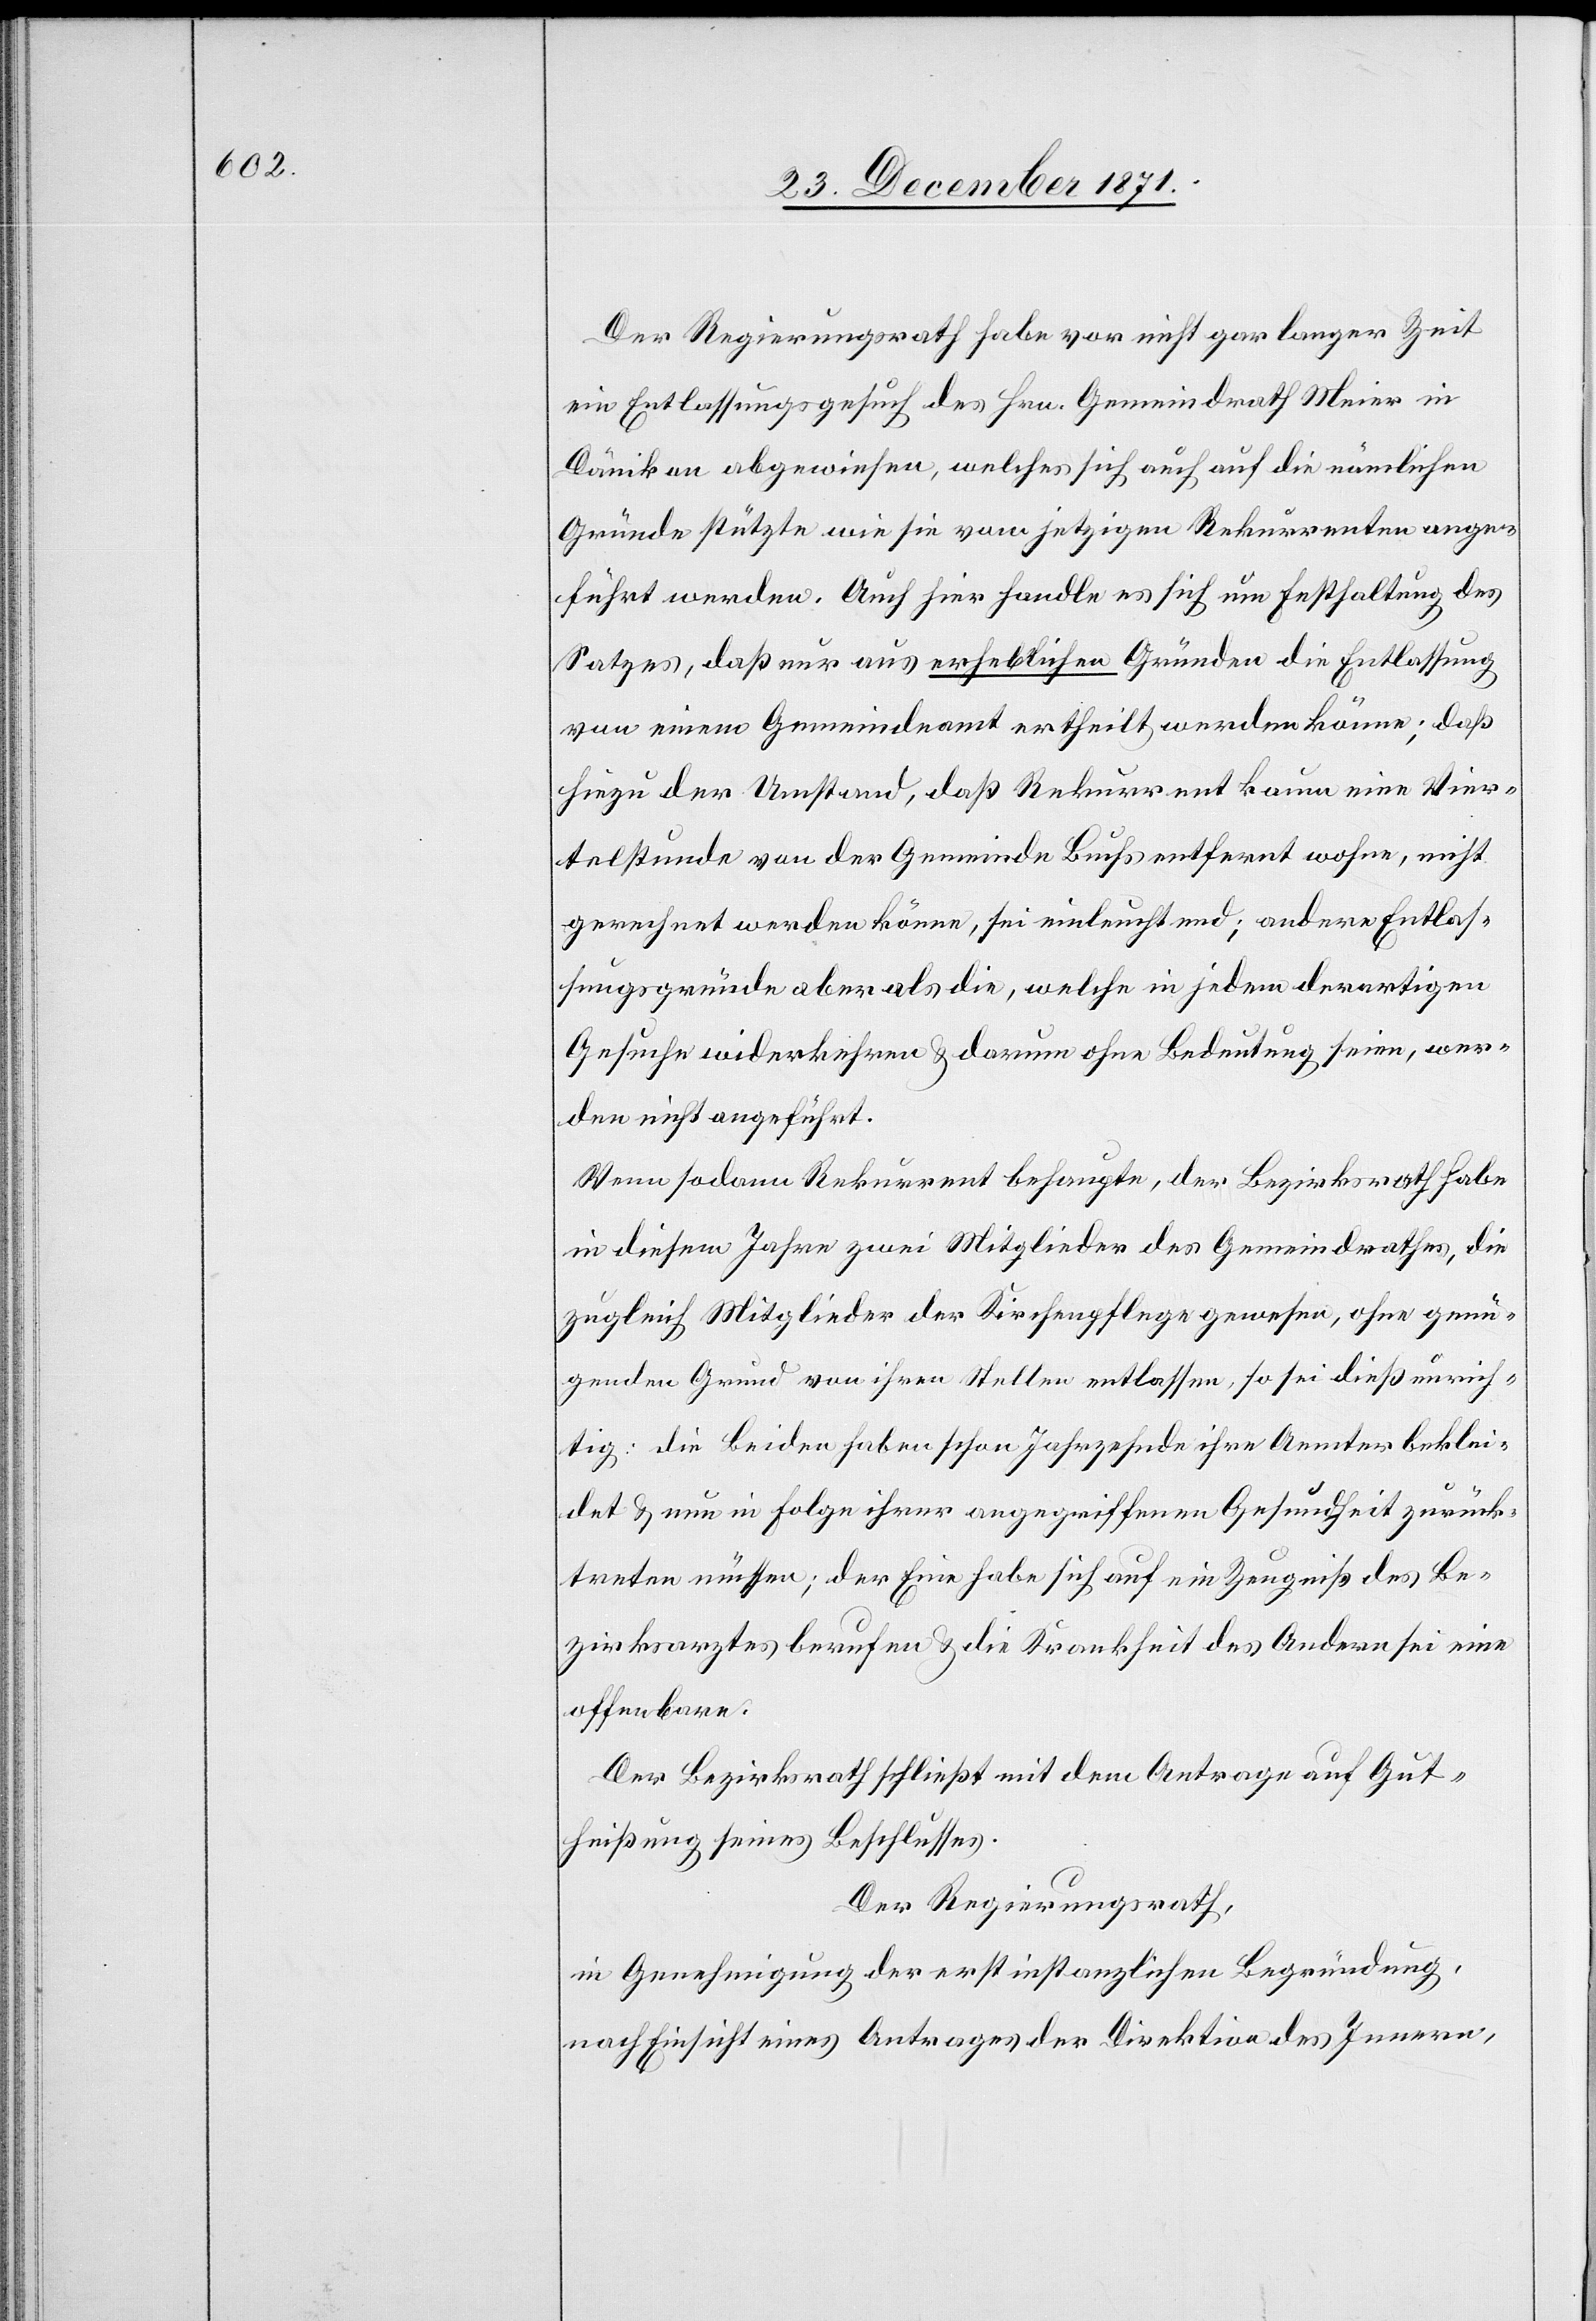
Der Regierungsrath habe vor nicht gar langer Zeit
ein Entlassungsgesuch des Hrn. Gemeindrath Meier in
Dänikon abgewiesen, welches sich auch auf die nämlichen
Gründe stützte wie sie vom jetzigen Rekurrenten ange¬
führt werden. Auch hier handle es sich um Festhaltung des
Satzes daß nur aus erheblichen Gründen die Entlassung
von einem Gemeindeamt ertheilt werden könne; daß
hiezu der Umstand, daß Rekurrent kaum eine Vier¬
telstunde von der Gemeinde Buchs entfernt wohne, nicht
gerechnet werden könne, sei einleuchtend; andere Entlas¬
sungsgründe aber als die, welche in jedem derartigen
Gesuche widerkehren & darum ohne Bedeutung seien, wer¬
den nicht angeführt.
Wenn sodann Rekurrent behaupte, der Bezirksrath habe
in diesem Jahre zwei Mitglieder des Gemeindrathes, die
zugleich Mitglieder der Kirchenpflege gewesen, ohne genü¬
genden Grund von ihren Stellen entlassen, so sei dieß unrich¬
tig; die beiden haben schon Jahrzehnde ihre Aemter beklei¬
det & nun in Folge ihrer angegriffenen Gesundheit zurück¬
treten müssen; der Eine habe sich auf ein Zeugniß des Be¬
zirksrathes berufen & die Krankheit des Andern sei eine
offenbare.
Der Bezirksrath schließt mit dem Antrage auf Gut¬
heißung seines Beschlusses.
Der Regierungsrath,
in Genehmigung der erstinstanzlichen Begründung,
nach Einsicht eines Antrages der Direktion des Innern,